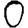
Digit: 0